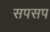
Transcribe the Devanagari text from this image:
सपसप